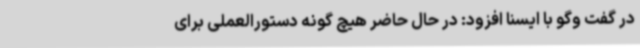
در گفت وگو با ایسنا افزود: در حال حاضر هیچ گونه دستورالعملی برای